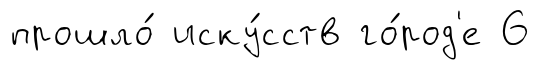
прошло́ иску́сств го́род'е 6